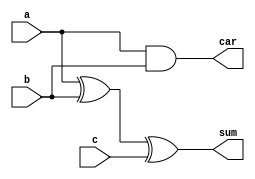
module fa(sum,car,a,b,c);
  input a,b,c;
  output sum,car;
  wire p1,p2,p3;
  xor (sum,a,b,c);
  and (p1,a,b);
  and (p2,a,b);
  and (p3,a,b);
  or (car,p1,p2,p3);
endmodule